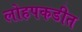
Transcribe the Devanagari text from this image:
लोहपकडीत